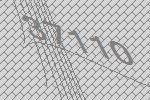
37110